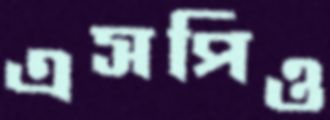
এসপিও